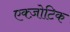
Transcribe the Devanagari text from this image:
एक्ज़ोटिक